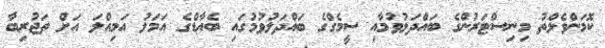
ކޮމަންވެލްތު މިނިސްޓަރުންގެ ބައްދަލުވުމާއި ސީމެގްގެ ބައްދަލުވުމުގައި ބެއާޑްގެ އަމަލު އަމިއްލަ އަށް ތަޖުރިބާ